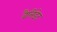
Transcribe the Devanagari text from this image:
वैलिडेट